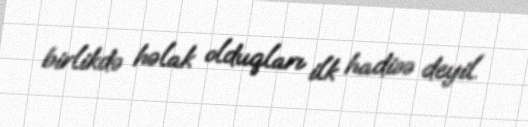
birlikdə həlak olduqları ilk hadisə deyil.